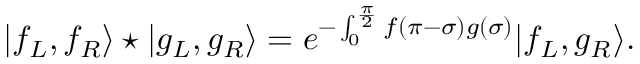
| f _ { L } , f _ { R } \rangle \star | g _ { L } , g _ { R } \rangle = e ^ { - \int _ { 0 } ^ { \frac { \pi } { 2 } } f ( \pi - \sigma ) g ( \sigma ) } | f _ { L } , g _ { R } \rangle .